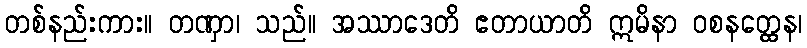
တစ်နည်းကား။ တဏှာ၊ သည်။ အဿာဒေတိ ဧတာယာတိ ဣမိနာ ဝစနတ္ထေန၊